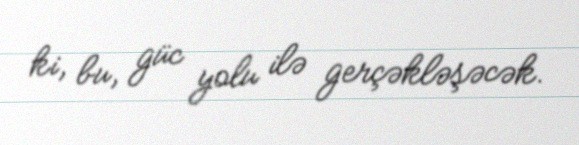
ki, bu, güc yolu ilə gerçəkləşəcək.